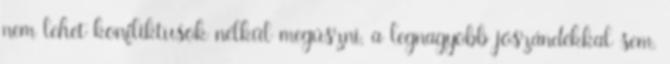
nem lehet konfliktusok nélkül megúszni, a legnagyobb jószándékkal sem.